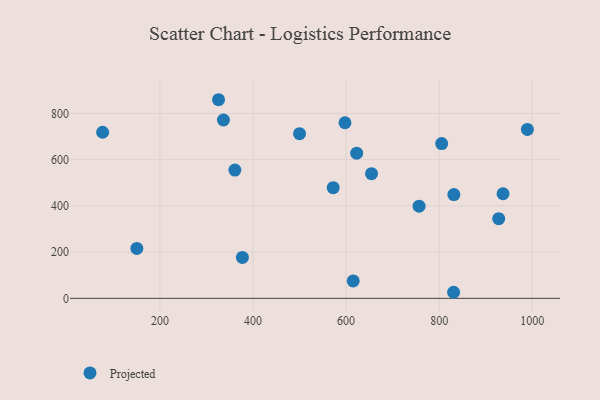
{"axis": {"x": "Price", "y": "Profit"}, "legend": ["Projected"], "data": [{"x": "572.3", "y": 479.0, "type": "Projected"}, {"x": "377.2", "y": 177.2, "type": "Projected"}, {"x": "597.6", "y": 759.7, "type": "Projected"}, {"x": "831.5", "y": 449.0, "type": "Projected"}, {"x": "336.5", "y": 771.6, "type": "Projected"}, {"x": "150.5", "y": 216.2, "type": "Projected"}, {"x": "756.8", "y": 399.0, "type": "Projected"}, {"x": "937.1", "y": 452.5, "type": "Projected"}, {"x": "830.9", "y": 26.3, "type": "Projected"}, {"x": "654.6", "y": 539.6, "type": "Projected"}, {"x": "500.0", "y": 712.6, "type": "Projected"}, {"x": "361.1", "y": 555.0, "type": "Projected"}, {"x": "927.8", "y": 344.8, "type": "Projected"}, {"x": "805.3", "y": 669.5, "type": "Projected"}, {"x": "989.4", "y": 731.0, "type": "Projected"}, {"x": "326.0", "y": 859.4, "type": "Projected"}, {"x": "622.7", "y": 628.1, "type": "Projected"}, {"x": "615.3", "y": 75.4, "type": "Projected"}, {"x": "77.0", "y": 718.6, "type": "Projected"}]}